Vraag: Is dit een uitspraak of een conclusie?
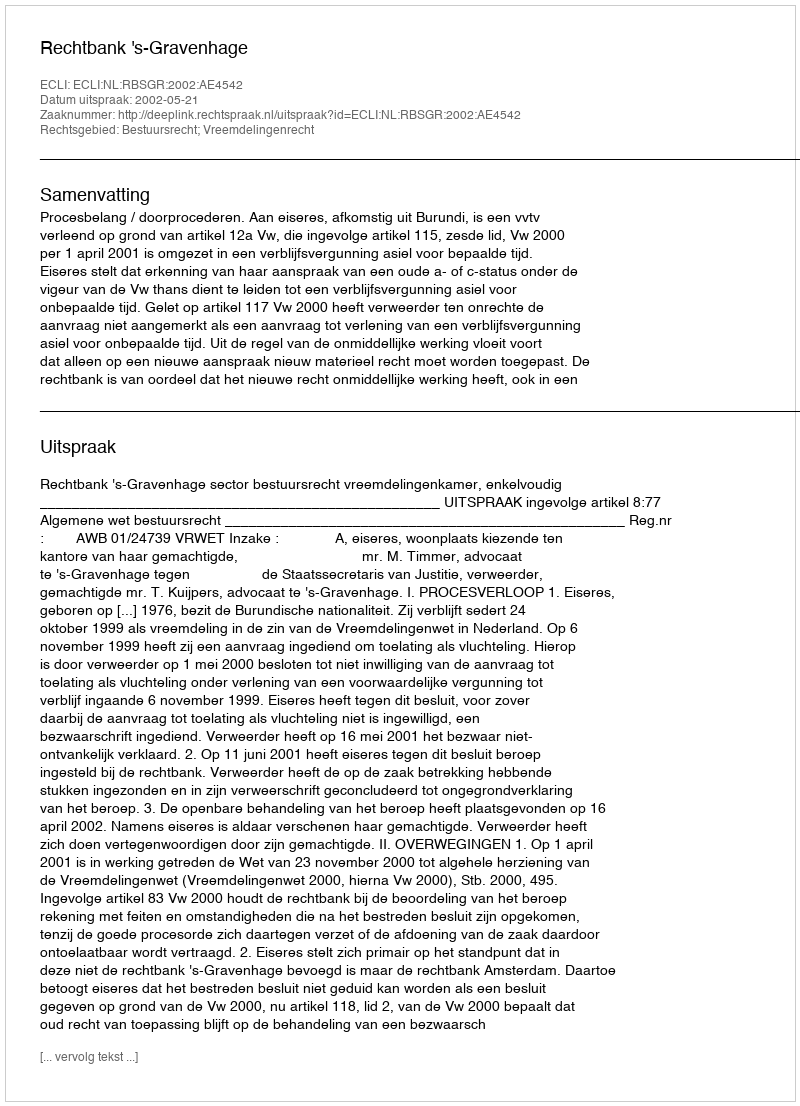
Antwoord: Uitspraak